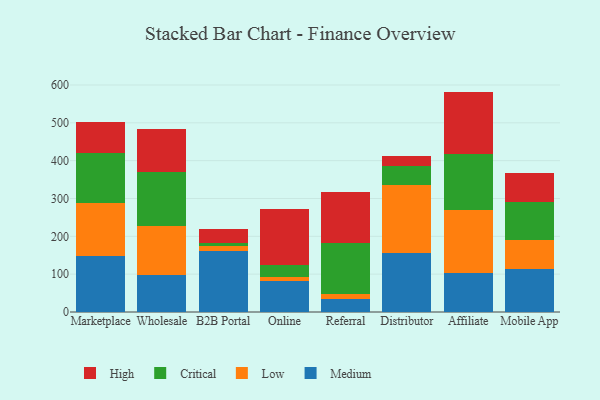
{"axis": {"x": "Channel", "y": "Tickets Resolved"}, "legend": ["Critical", "High", "Low", "Medium"], "data": [{"x": "Marketplace", "y": 147.7, "type": "Medium"}, {"x": "Marketplace", "y": 140.2, "type": "Low"}, {"x": "Marketplace", "y": 131.9, "type": "Critical"}, {"x": "Marketplace", "y": 82.8, "type": "High"}, {"x": "Wholesale", "y": 97.0, "type": "Medium"}, {"x": "Wholesale", "y": 130.5, "type": "Low"}, {"x": "Wholesale", "y": 141.7, "type": "Critical"}, {"x": "Wholesale", "y": 114.5, "type": "High"}, {"x": "B2B Portal", "y": 160.9, "type": "Medium"}, {"x": "B2B Portal", "y": 14.2, "type": "Low"}, {"x": "B2B Portal", "y": 7.2, "type": "Critical"}, {"x": "B2B Portal", "y": 35.8, "type": "High"}, {"x": "Online", "y": 83.0, "type": "Medium"}, {"x": "Online", "y": 9.3, "type": "Low"}, {"x": "Online", "y": 33.0, "type": "Critical"}, {"x": "Online", "y": 147.4, "type": "High"}, {"x": "Referral", "y": 35.0, "type": "Medium"}, {"x": "Referral", "y": 11.9, "type": "Low"}, {"x": "Referral", "y": 136.6, "type": "Critical"}, {"x": "Referral", "y": 133.2, "type": "High"}, {"x": "Distributor", "y": 157.2, "type": "Medium"}, {"x": "Distributor", "y": 179.1, "type": "Low"}, {"x": "Distributor", "y": 49.5, "type": "Critical"}, {"x": "Distributor", "y": 26.6, "type": "High"}, {"x": "Affiliate", "y": 103.6, "type": "Medium"}, {"x": "Affiliate", "y": 166.2, "type": "Low"}, {"x": "Affiliate", "y": 148.3, "type": "Critical"}, {"x": "Affiliate", "y": 164.4, "type": "High"}, {"x": "Mobile App", "y": 113.4, "type": "Medium"}, {"x": "Mobile App", "y": 75.6, "type": "Low"}, {"x": "Mobile App", "y": 102.1, "type": "Critical"}, {"x": "Mobile App", "y": 77.5, "type": "High"}]}